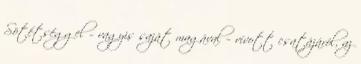
Sötétséggel – vagyis saját magával – vívott csatájáról, az